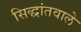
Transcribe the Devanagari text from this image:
सिद्धांतवाले